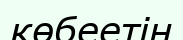
көбеетін